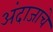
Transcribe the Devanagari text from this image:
अंदाजाचे